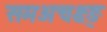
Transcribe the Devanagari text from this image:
समअचक्ष्ङ्